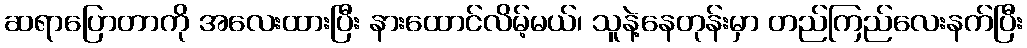
ဆရာပြောတာကို အလေးထားပြီး နားထောင်လိမ့်မယ်၊ သူနဲ့နေတုန်းမှာ တည်ကြည်လေးနက်ပြီး